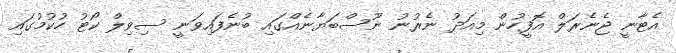
އެޓާނީ ޖެނެރަލް އޮފީހުން މިއަދު ނެރުނު ނޫސްބަޔާނެއްގައި ބުނެފައިވަނީ ސިވިލް ކޯޓު ހުކުމުގައި